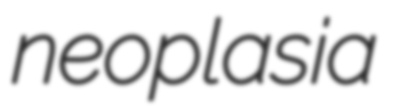
neoplasia